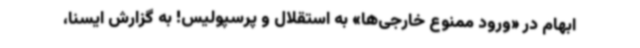
ابهام در «ورود ممنوع خارجی‌ها» به استقلال و پرسپولیس! به گزارش ایسنا،